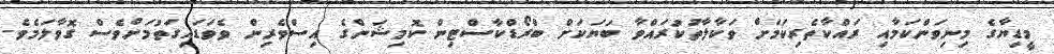
މީޑިޔާގެ މިނިވަންކަމާއި ރައްކާތެރިކަމަށް ވަކާލާތުކުރައްވާ ބަޔަކަށް ބްރޯޑްކާސްޓިން ކޮމިޝަންގެ އިސްވެރިން ވެވަޑައިގަތުމަށްވެސް ގޮވާލަމެވެ.